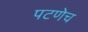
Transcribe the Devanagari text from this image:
पटणेच